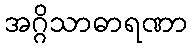
အဂ္ဂိသာဓာရဏာ